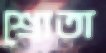
শ্রোতা